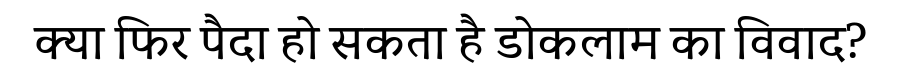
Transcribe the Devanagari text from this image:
क्या फिर पैदा हो सकता है डोकलाम का विवाद?